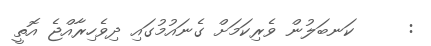
:     ކަނބަލުން ވެރިކަމަށް ގެނައުމުގައި ދިވެހިރާއްޖެ އޮތީ